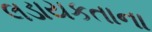
લડાયકતાના